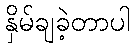
နှိမ်ချခဲ့တာပါ